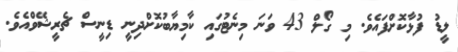
ލީޑު ފުޅާކޮށްފައެވެ. މި ގޯލް 43 ވަނަ މިނެޓުގައި ކާމިޔާބުކޮށްދިނީ ޑިނީސް ޗެރީޝޭވްއެވެ.